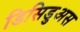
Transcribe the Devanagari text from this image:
डिसिडुअस